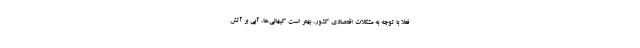
فعلا با توجه به مشکلات اقتصادی کشور، بهتر است کیهانی‌ها، آبی بر آتش